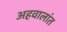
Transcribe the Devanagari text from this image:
अहवालांत